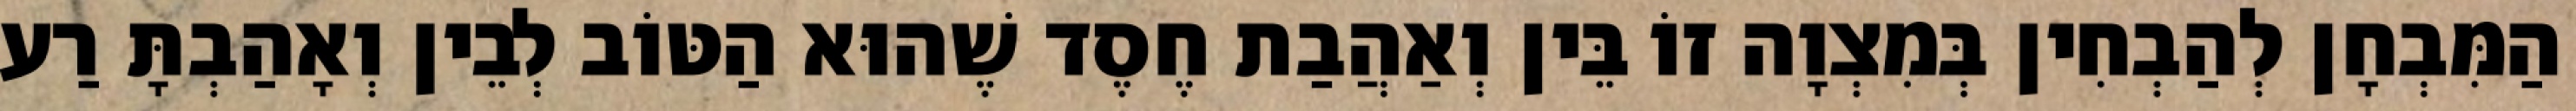
הַמִּבְחָן לְהַבְחִין בְּמִצְוָה זוֹ בֵּין וְאַהֲבַת חֶסֶד שֶׁהוּא הַטּוֹב לְבֵין וְאָהַבְתָּ רַע